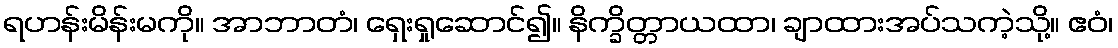
ရဟန်းမိန်းမကို။ အာဘာတံ၊ ရှေးရှုဆောင်၍။ နိက္ခိတ္တာယထာ၊ ချာထားအပ်သကဲ့သို့။ ဧဝံ၊